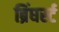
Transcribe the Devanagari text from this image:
ब्रिंघर्स्‍ट